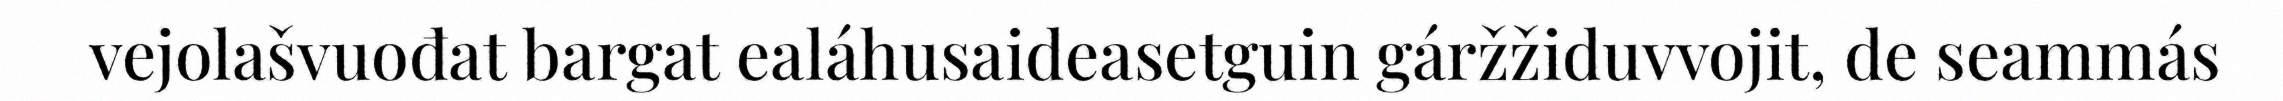
vejolašvuođat bargat ealáhusaideasetguin gáržžiduvvojit, de seammás